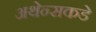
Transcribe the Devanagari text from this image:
अथेन्सकडे